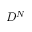
D ^ { N }